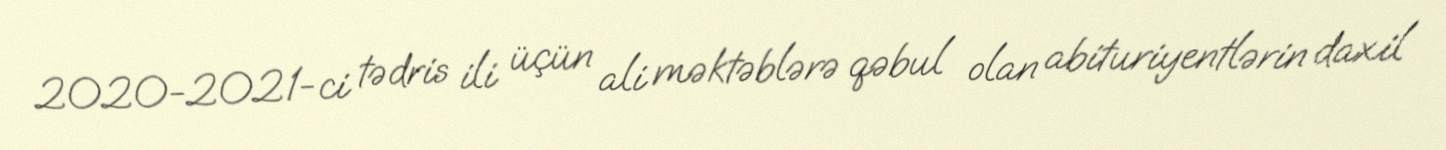
2020-2021-ci tədris ili üçün ali məktəblərə qəbul olan abituriyentlərin daxil